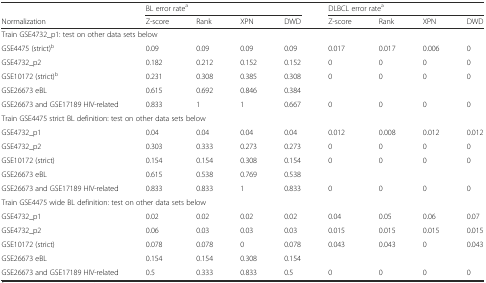
<table><thead><tr><td></td><td colspan="4"><b>BL error rate<sup>a</sup></b></td><td colspan="4"><b>DLBCL error rate<sup>a</sup></b></td></tr><tr><td><b>Normalization</b></td><td><b>Z-score</b></td><td><b>Rank</b></td><td><b>XPN</b></td><td><b>DWD</b></td><td><b>Z-score</b></td><td><b>Rank</b></td><td><b>XPN</b></td><td><b>DWD</b></td></tr></thead><tbody><tr><td colspan="9">Train GSE4732_p1: test on other data sets below</td></tr><tr><td>GSE4475 (strict)<sup>b</sup></td><td>0.09</td><td>0.09</td><td>0.09</td><td>0.09</td><td>0.017</td><td>0.017</td><td>0.006</td><td>0</td></tr><tr><td>GSE4732_p2</td><td>0.182</td><td>0.212</td><td>0.152</td><td>0.152</td><td>0</td><td>0</td><td>0</td><td>0</td></tr><tr><td>GSE10172 (strict)<sup>b</sup></td><td>0.231</td><td>0.308</td><td>0.385</td><td>0.308</td><td>0</td><td>0</td><td>0</td><td>0</td></tr><tr><td>GSE26673 eBL</td><td>0.615</td><td>0.692</td><td>0.846</td><td>0.384</td><td></td><td></td><td></td><td></td></tr><tr><td>GSE26673 and GSE17189 HIV-related</td><td>0.833</td><td>1</td><td>1</td><td>0.667</td><td>0</td><td>0</td><td>0</td><td>0</td></tr><tr><td colspan="9">Train GSE4475 strict BL definition: test on other data sets below</td></tr><tr><td>GSE4732_p1</td><td>0.04</td><td>0.04</td><td>0.04</td><td>0.04</td><td>0.012</td><td>0.008</td><td>0.012</td><td>0.012</td></tr><tr><td>GSE4732_p2</td><td>0.303</td><td>0.333</td><td>0.273</td><td>0.273</td><td>0</td><td>0</td><td>0</td><td>0</td></tr><tr><td>GSE10172 (strict)</td><td>0.154</td><td>0.154</td><td>0.308</td><td>0.154</td><td>0</td><td>0</td><td>0</td><td>0</td></tr><tr><td>GSE26673 eBL</td><td>0.615</td><td>0.538</td><td>0.769</td><td>0.538</td><td></td><td></td><td></td><td></td></tr><tr><td>GSE26673 and GSE17189 HIV-related</td><td>0.833</td><td>0.833</td><td>1</td><td>0.833</td><td>0</td><td>0</td><td>0</td><td>0</td></tr><tr><td colspan="9">Train GSE4475 wide BL definition: test on other data sets below</td></tr><tr><td>GSE4732_p1</td><td>0.02</td><td>0.02</td><td>0.02</td><td>0.02</td><td>0.04</td><td>0.05</td><td>0.06</td><td>0.07</td></tr><tr><td>GSE4732_p2</td><td>0.06</td><td>0.03</td><td>0.03</td><td>0.03</td><td>0.015</td><td>0.015</td><td>0.015</td><td>0.015</td></tr><tr><td>GSE10172 (strict)</td><td>0.078</td><td>0.078</td><td>0</td><td>0.078</td><td>0.043</td><td>0.043</td><td>0</td><td>0.043</td></tr><tr><td>GSE26673 eBL</td><td>0.154</td><td>0.154</td><td>0.308</td><td>0.154</td><td></td><td></td><td></td><td></td></tr><tr><td>GSE26673 and GSE17189 HIV-related</td><td>0.5</td><td>0.333</td><td>0.833</td><td>0.5</td><td>0</td><td>0</td><td>0</td><td>0</td></tr></tbody></table>